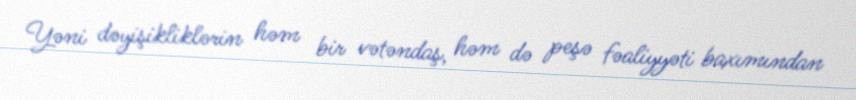
Yəni dəyişikliklərin həm bir vətəndaş, həm də peşə fəaliyyəti baxımından